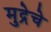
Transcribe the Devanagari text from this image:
मुद्रेचे